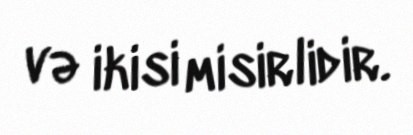
və ikisi misirlidir.